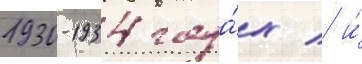
1930-1934 года́х / и́